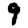
Digit: 9